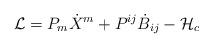
LaTeX: \begin{align*}{\cal L}= P_m\dot{X}^m+P^{ij}\dot{B}_{ij}-{\cal H}_c\end{align*}